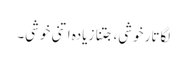
لگاتار خوشی، جتنا زیادہ اتنی خوشی۔